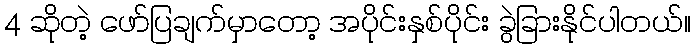
4 ဆိုတဲ့ ဖော်ပြချက်မှာတော့ အပိုင်းနှစ်ပိုင်း ခွဲခြားနိုင်ပါတယ်။